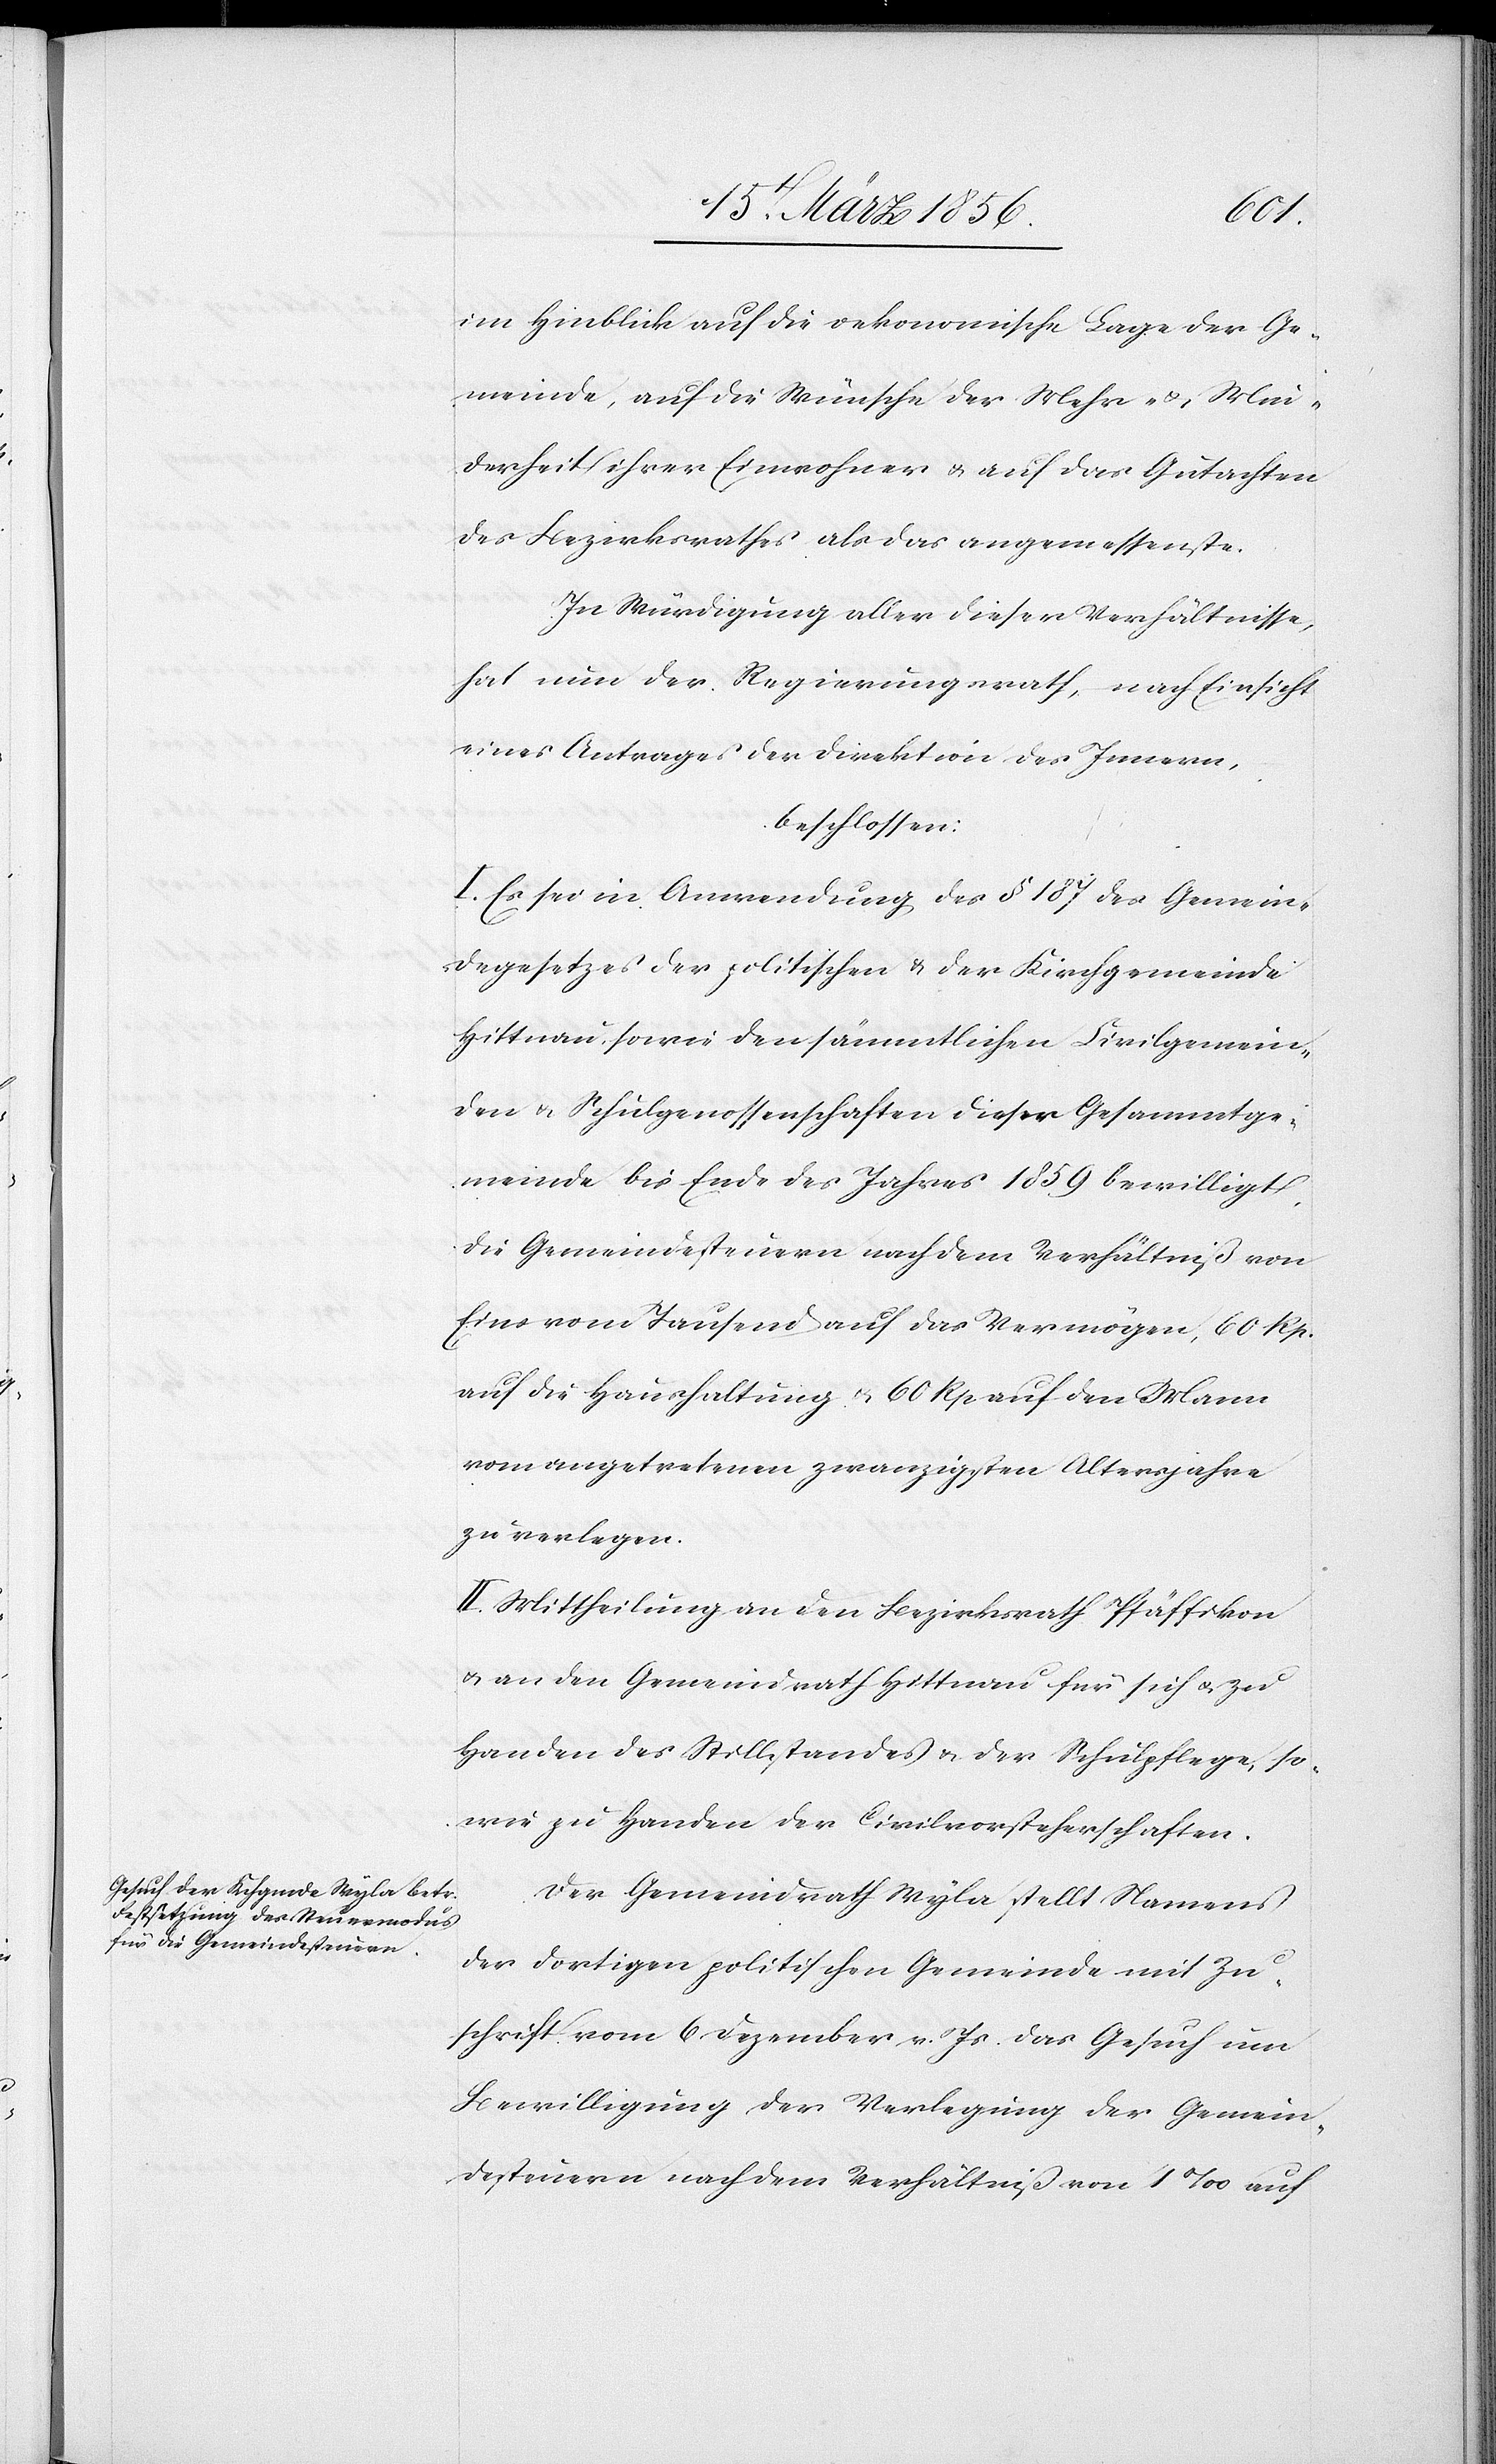
im Hinblick auf die oekonomische Lage der Ge¬
meinde, auf die Wünsche der Mehr- & Min¬
derheit ihrer Einwohner & auf das Gutachten
des Bezirksrathes als das angemessenste.
In Würdigung aller dieser Verhältnisse,
hat nun der Regierungsrath, nach Einsicht
eines Antrages der Direktion des Innern,
beschlossen:
I. Es sei in Anwendung des § 187 des Gemein¬
degesetzes der politischen & der Kirchgemeinde
Hittnau, sowie den sämmtlichen Civilgemein¬
den & Schulgenossenschaften dieser Gesammtge¬
meinde bis Ende des Jahres 1859 bewilligt,
die Gemeindesteuern nach dem Verhältniß von
Eins vom Tausend auf das Vermögen, 60 Rp.
auf die Haushaltung u. 60 Rp auf den Mann
vom angetretenen zwanzigsten Altersjahre
zu verlegen.
II. Mittheilung an den Bezirksrath Pfäffikon
u. an den Gemeindrath Hittnau für sich u. zu
Handen des Stillstandes & der Schulpflege, so¬
wie zu Handen der Civilvorsteherschaften.
Der Gemeindrath Wyla stellt Namens
der dortigen politischen Gemeinde mit Zu¬
schrift vom 6 Dezember v. Js. das Gesuch um
Bewilligung der Verlegung der Gemein¬
desteuern nach dem Verhältniß von 1‰ auf